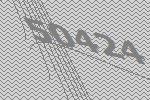
50424